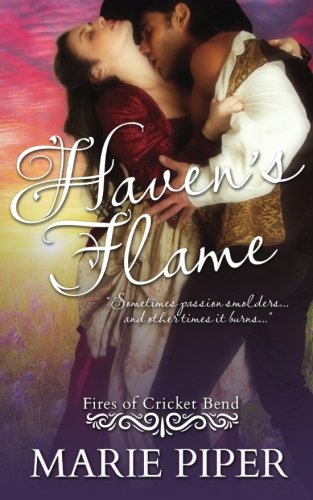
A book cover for Haven's Flame (Fires of Cricket Bend) (Volume 1); Marie Piper; Romance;